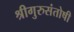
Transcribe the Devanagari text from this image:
श्रीगुरुसंतोषी